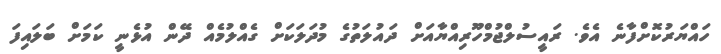
ހައްޔަރުކޮށްފާނެ އެވެ. ރައީސުލްޖުމްހޫރިއްޔާއަށް ދައުލަތުގެ މުދަލަކަށް ގެއްލުމެއް ދޭން އުޅެނީ ކަމަށް ބަލައިފަ